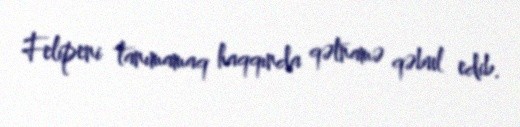
Felipeni tanımamaq haqqında qətnamə qəbul edib.